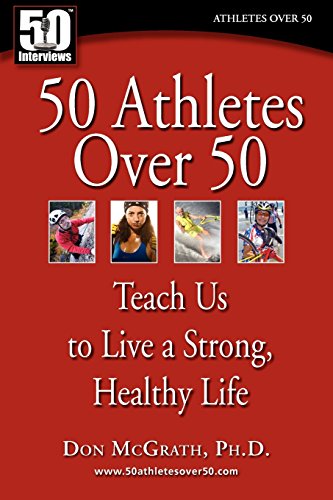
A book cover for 50 Athletes over 50: Teach Us to Live a Strong, Healthy Life; Don McGrath; Health, Fitness & Dieting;